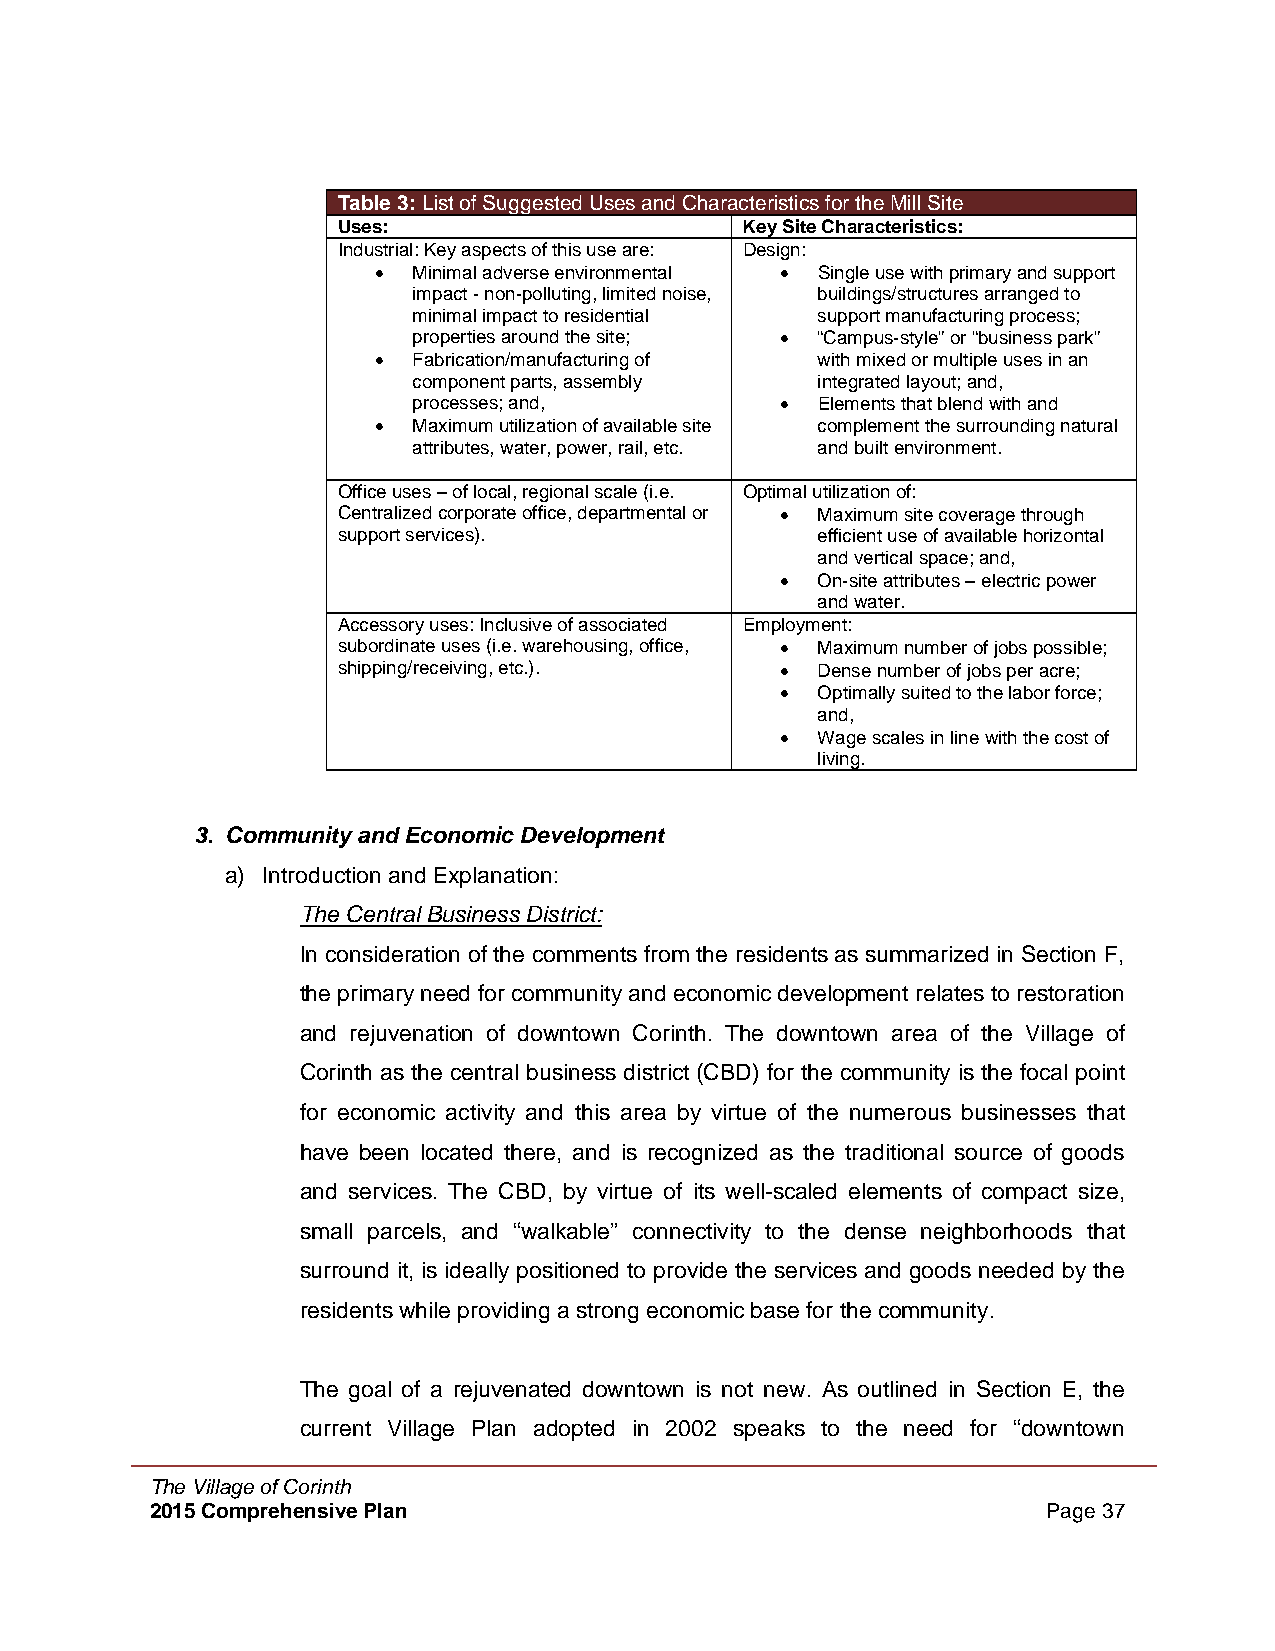
Table 3: List of Suggested Uses and Characteristics for the Mill Site
 Uses:                      Key Site Characteristics:
 Industrial: Key aspects of this use are: Design:
  Minimal adverse environmental  Single use with primary and support
 impact - non-polluting, limited noise, buildings/structures arranged to
 minimal impact to residential support manufacturing process;
 properties around the site;  “Campus-style” or “business park”
  Fabrication/manufacturing of with mixed or multiple uses in an
 component parts, assembly  integrated layout; and,
 processes; and,           Elements that blend with and
  Maximum utilization of available site complement the surrounding natural
 attributes, water, power, rail, etc. and built environment.
 Office uses – of local, regional scale (i.e. Optimal utilization of:
 Centralized corporate office, departmental or  Maximum site coverage through
 support services).              efficient use of available horizontal
 and vertical space; and,
  On-site attributes – electric power
 and water.
 Accessory uses: Inclusive of associated Employment:
 subordinate uses (i.e. warehousing, office,  Maximum number of jobs possible;
 shipping/receiving, etc.).     Dense number of jobs per acre;
  Optimally suited to the labor force;
 and,
  Wage scales in line with the cost of
 living.
 3. Community and Economic Development
 a) Introduction and Explanation:
 The Central Business District:
 In consideration of the comments from the residents as summarized in Section F,
 the primary need for community and economic development relates to restoration
 and rejuvenation of downtown Corinth. The downtown area of the Village of
 Corinth as the central business district (CBD) for the community is the focal point
 for economic activity and this area by virtue of the numerous businesses that
 have been located there, and is recognized as the traditional source of goods
 and services. The CBD, by virtue of its well-scaled elements of compact size,
 small parcels, and “walkable” connectivity to the dense neighborhoods that
 surround it, is ideally positioned to provide the services and goods needed by the
 residents while providing a strong economic base for the community.
 The goal of a rejuvenated downtown is not new. As outlined in Section E, the
 current Village Plan adopted in 2002 speaks to the need for “downtown
 The Village of Corinth
 2015 Comprehensive Plan                                    Page 37